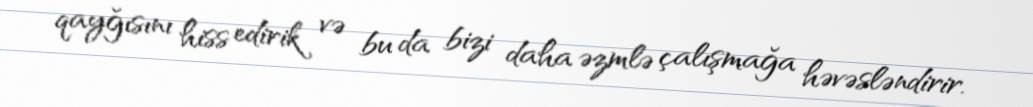
qayğısını hiss edirik və bu da bizi daha əzmlə çalışmağa həvəsləndirir.